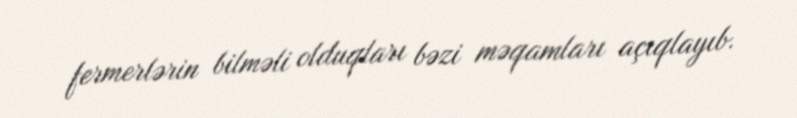
fermerlərin bilməli olduqları bəzi məqamları açıqlayıb.